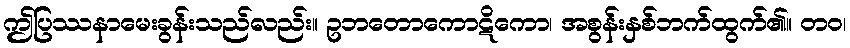
ဤပြဿနာမေးခွန်းသည်လည်း။ ဥဘတောကောဋိကော၊ အစွန်းနှစ်ဘက်ထွက်၏။ တဝ၊